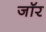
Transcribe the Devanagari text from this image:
जॉर